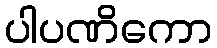
ပါပဏိကော